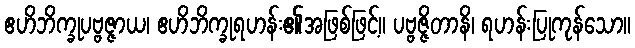
ဧဟိဘိက္ခုပဗ္ဗဇ္ဇာယ၊ ဧဟိဘိက္ခုရဟန်း၏အဖြစ်ဖြင့်။ ပဗ္ဗဇ္ဇိတာနိ၊ ရဟန်းပြုကုန်သော။